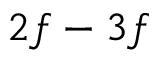
2 f - 3 f